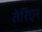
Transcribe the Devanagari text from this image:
तेर्रिएर